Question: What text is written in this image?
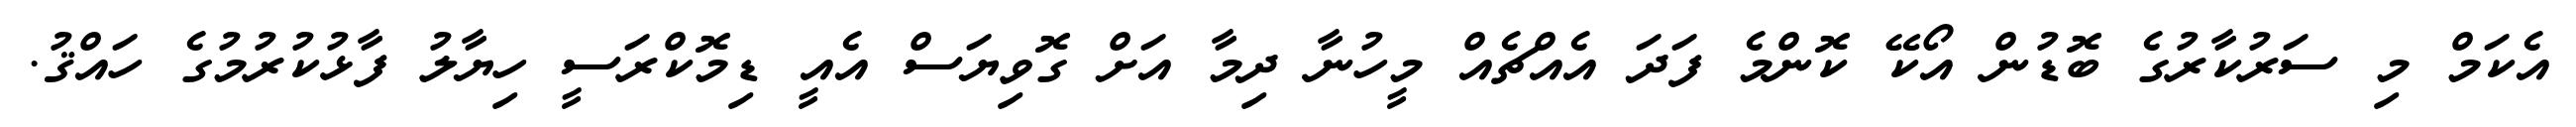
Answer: އެކަމް މި ސަރުކާރުގެ ބޮޑުން އޯކޭ ކޮންމެ ފަދަ އެއްޗެއް މީހުނާ ދިމާ އަށް ގޮވިޔަސް އެއީ ޑިމޮކްރަސީ ހިޔާލު ފާޅުކުރުމުގެ ހައްޤު.